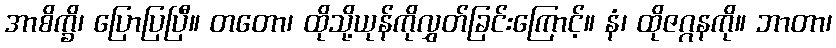
အာစိက္ခိ၊ ပြောပြပြီ။ တတော၊ ထိုသို့ယုန်ကိုလွှတ်ခြင်းကြောင့်။ နံ၊ ထိုဇဂ္ဂနကို။ ဘာတာ၊